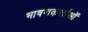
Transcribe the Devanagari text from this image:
भाषणकर्त्ताओं